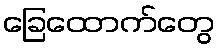
ခြေထောက်တွေ